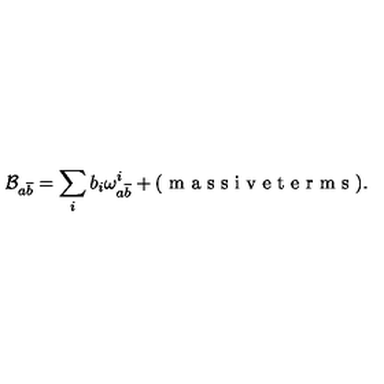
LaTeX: \mathcal { B } _ { a \overline { { b } } } = \sum _ { i } b _ { i } \omega _ { a \overline { { b } } } ^ { i } + ( \textrm { m a s s i v e t e r m s } ) .